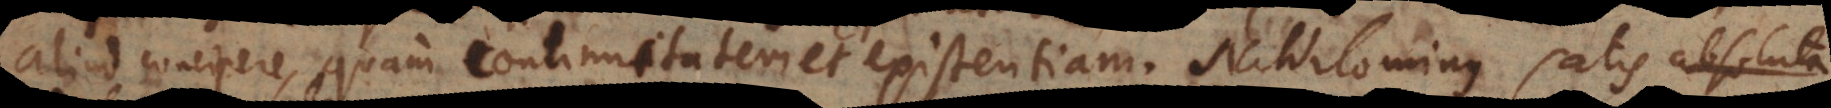
aliud concipere, quam continuitatem et existentiam. Nihilominus sat